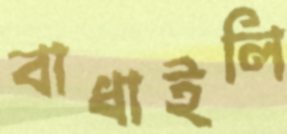
বাধাইলি